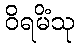
ဝိရမိံသု